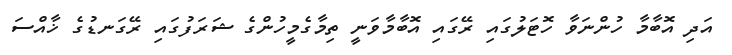
އަދި އޮބާމާ ހުންނަވާ ހޮޓަލުގައި ރޭގައި އޮބާމާވަނީ ތިމާގެމީހުންގެ ޝަރަފުގައި ރޭގަނޑުގެ ޚާއްސަ